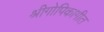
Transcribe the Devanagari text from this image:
श्रीगोपिकागीत